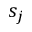
s _ { j }